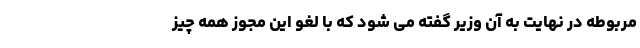
مربوطه در نهایت به آن وزیر گفته می شود که با لغو این مجوز همه چیز